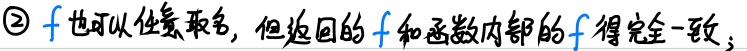
\textcircled{2} $f$也可以任意取名，但返回的$f$和函数内部的$f$得完全一致；